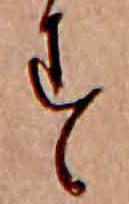
す